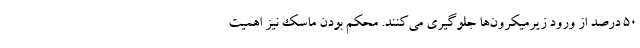
۵۰ درصد از ورود زیرمیکرون‌ها جلوگیری می‌کنند. محکم بودن ماسک نیز اهمیت